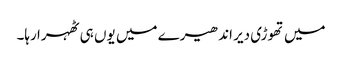
میں تھوڑی دیر اندھیرے میں یوں ہی ٹھہرا رہا۔